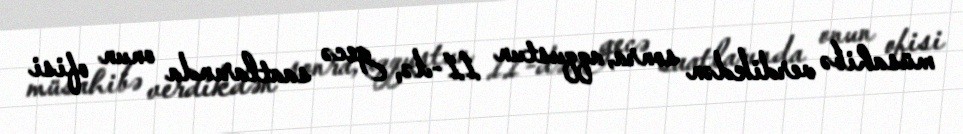
müsahibə verdikdən sonra, aqqustun 11-də, gecə saatlarında onun ofisi